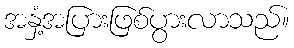
အနှံ့အပြားဖြစ်ပွားလာသည်။